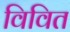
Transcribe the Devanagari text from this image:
विवित